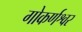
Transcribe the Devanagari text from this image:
गोकर्णश्वर